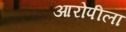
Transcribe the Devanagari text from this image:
आरोपीला